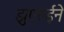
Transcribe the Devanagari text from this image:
झुएरुईने